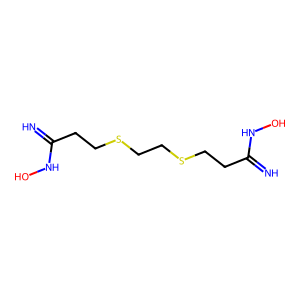
SMILES: N=C(CCSCCSCCC(=N)NO)NO
Inhibits HIV replication: No